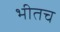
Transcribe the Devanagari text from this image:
भीतच